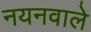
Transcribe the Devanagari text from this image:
नयनवाले